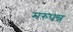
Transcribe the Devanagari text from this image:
मरुपन्न